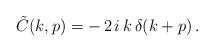
\begin{align*}\tilde C(k,p)=-\,2\,i\,k\,\delta(k+p)\,.\end{align*}